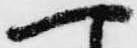
へ